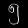
Digit: ၅